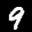
Label: 9